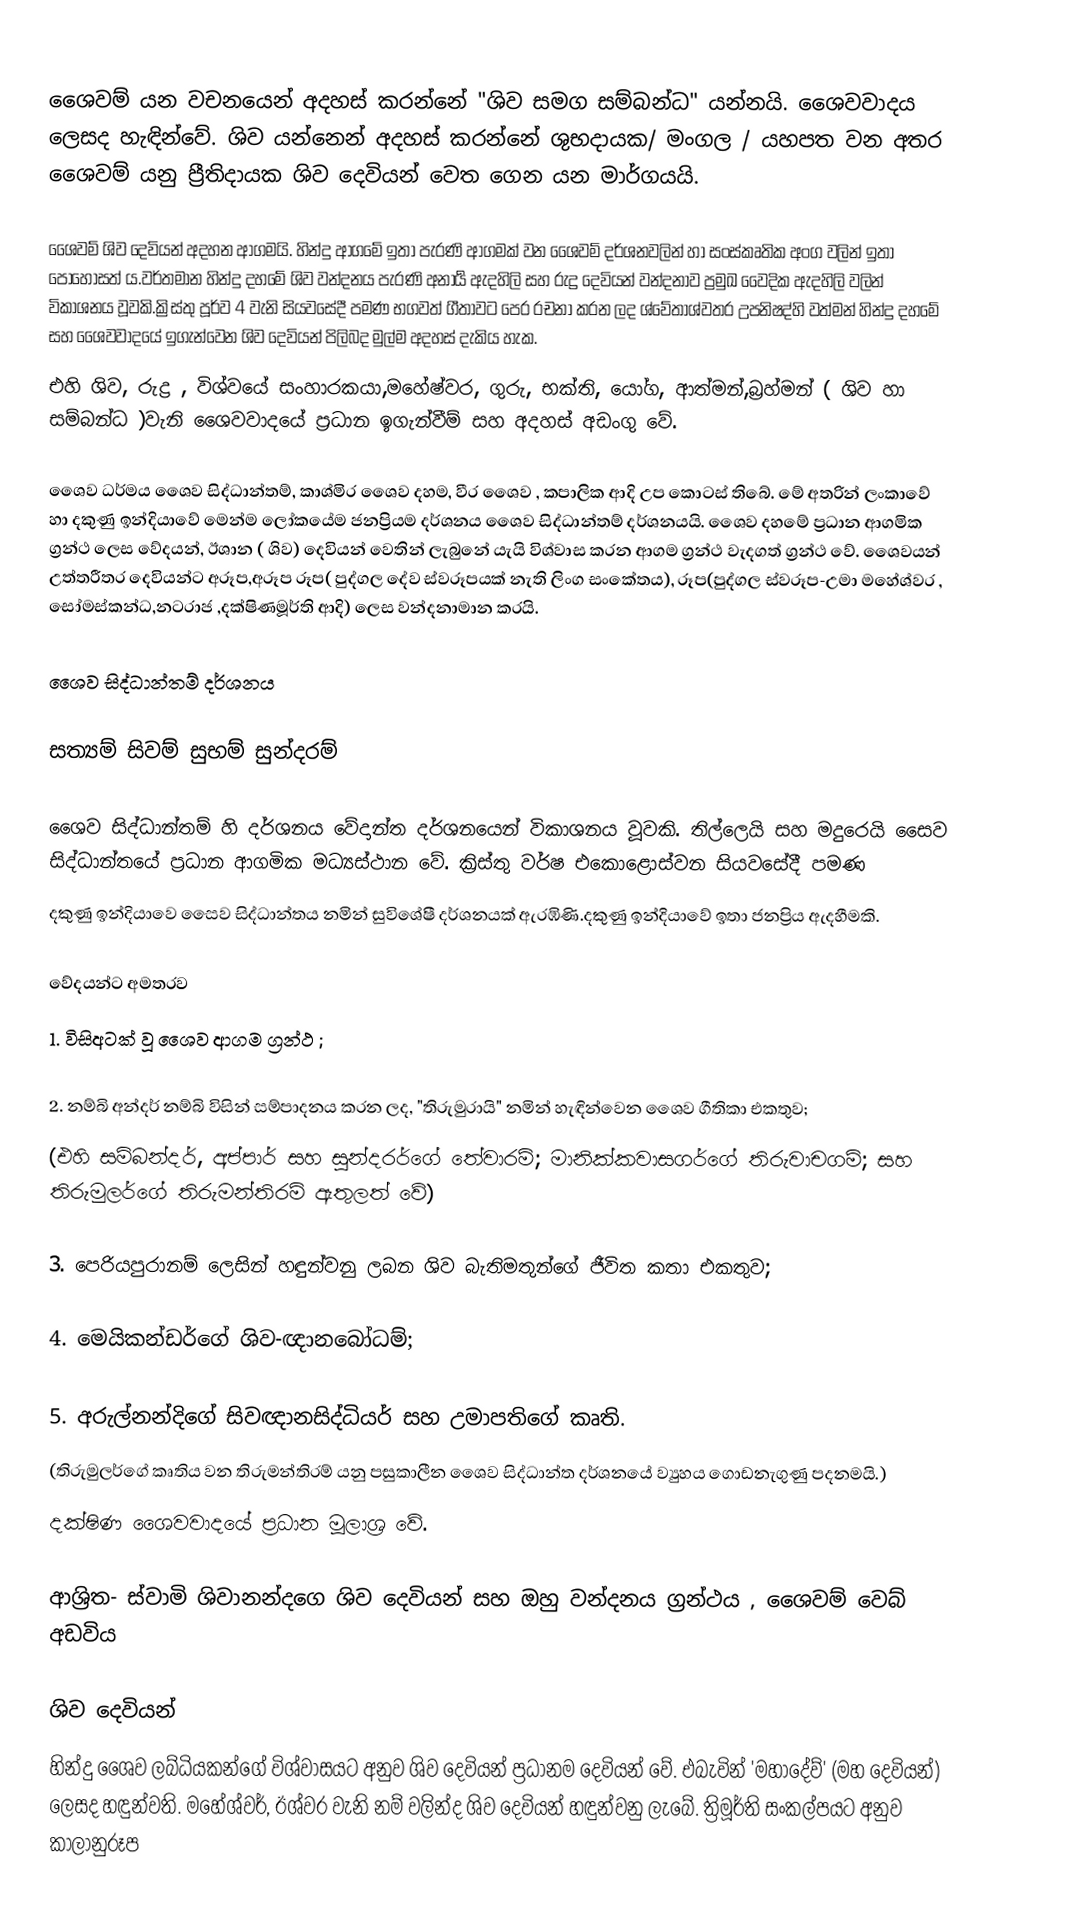
ශෛවම් යන වචනයෙන් අදහස් කරන්නේ "ශිව සමග සම්බන්ධ" යන්නයි.  ශෛවවාදය ලෙසද හැඳින්වේ.  ශිව යන්නෙන් අදහස් කරන්නේ ශුභදායක/ මංගල / යහපත වන අතර ශෛවම් යනු ප්‍රීතිදායක ශිව දෙවියන් වෙත ගෙන යන මාර්ගයයි.

 ශෛවම් ශිව දෙවියන් අදහන ආගමයි.  හින්දු ආගමේ ඉතා පැරණි ආගමක් වන ශෛවම් දර්ශනවලින් හා සංස්කෘතික අංග වලින් ඉතා පොහොසත් ය.වර්තමාන හින්දු දහමේ ශිව වන්දනය  පැරණි අනාර්‍ය ඇදහිලි සහ රුද්‍ර දෙවියන් වන්දනාව ප්‍රමුඛ වෛදික ඇදහිලි වලින් විකාශනය වූවකි.ක්‍රිස්තු පූර්ව 4 වැනි සියවසේදී පමණ භගවත් ගීතාවට පෙර රචනා කරන ලද ශ්වේතාශ්වතර උපනිෂද්හි වත්මන් හින්දු දහමේ සහ ශෛවවාදයේ ඉගැන්වෙන ශිව දෙවියන් පිලිබද  මුල්ම අදහස් දැකිය හැක.
එහි ශිව, රුද්‍ර , විශ්වයේ සංහාරකයා,මහේෂ්වර, ගුරු, භක්ති, යෝග, ආත්මන්,බ්‍රහ්මන් ( ශිව හා සම්බන්ධ )වැනි ශෛවවාදයේ ප්‍රධාන ඉගැන්වීම්  සහ අදහස් අඩංගු වේ.

 ශෛව ධර්මය ශෛව සිද්ධාන්තම්, කාශ්මිර ශෛව දහම, වීර ශෛව , කපාලික ආදි උප කොටස් තිබේ.  මේ අතරින් ලංකාවේ හා දකුණු ඉන්දියාවේ මෙන්ම ලෝකයේම ජනප්‍රියම දර්ශනය ශෛව සිද්ධාන්තම් දර්ශනයයි. ශෛව දහමේ ප්‍රධාන ආගමික ග්‍රන්ථ ලෙස වේදයන්,  ඊශාන ( ශිව) දෙවියන් වෙතින් ලැබුනේ යැයි විශ්වාස කරන ආගම ග්‍රන්ථ වැදගත් ග්‍රන්ථ වේ.  ශෛවයන් උත්තරීතර දෙවියන්ට අරූප,අරූප රූප( පුද්ගල දේව ස්වරූපයක් නැති ලිංග සංකේතය), රූප(පුද්ගල ස්වරූප-උමා මහේශ්වර , සෝමස්කන්ධ,නටරාජ ,දක්ෂිණමූර්ති ආදි) ලෙස වන්දනාමාන කරයි.

ශෛව සිද්ධාන්තම් දර්ශනය

 සත්‍යම් සිවම් සුභම් සුන්දරම්

 ශෛව සිද්ධාන්තම් හි දර්ශනය  වේදාන්ත දර්ශනයෙන් විකාශනය වූවකි.  තිල්ලෙයි  සහ මදුරෙයි සෛව සිද්ධාන්තයේ ප්‍රධාන ආගමික මධ්‍යස්ථාන වේ.  ක්‍රිස්තු වර්ෂ එකොළොස්වන සියවසේදී පමණ
දකුණු ඉන්දියාවෙ  සෛව සිද්ධාන්තය නමින් සුවිශේෂී දර්ශනයක් ඇරඹිණි.දකුණු ඉන්දියාවේ ඉතා ජනප්‍රිය ඇදහීමකි.

වේදයන්ට අමතරව
 1. විසිඅටක් වූ ශෛව ආගම ග්‍රන්ථ ;

 2. නම්බි අන්දර් නම්බි විසින් සම්පාදනය කරන ලද, "තිරුමුරායි" නමින් හැඳින්වෙන ශෛව ගීතිකා එකතුව;
 (එහි සම්බන්දර්, අප්පාර් සහ සුන්දරර්ගේ තේවාරම්; මානික්කවාසගර්ගේ තිරුවාචගම්; සහ තිරුමුලර්ගේ තිරුමන්තිරම් ඇතුලත් වේ)

 3. පෙරියපුරානම් ලෙසින් හඳුන්වනු ලබන ශිව බැතිමතුන්ගේ ජීවිත කතා එකතුව;

 4. මෙයිකන්ඩර්ගේ ශිව-ඥානබෝධම්;

 5. අරුල්නන්දිගේ සිවඥානසිද්ධියර් සහ උමාපතිගේ කෘති.
 (තිරුමුලර්ගේ කෘතිය වන තිරුමන්තිරම් යනු පසුකාලීන ශෛව සිද්ධාන්ත දර්ශනයේ ව්‍යුහය ගොඩනැගුණු පදනමයි.)
 දක්ෂිණ ශෛවවාදයේ ප්‍රධාන මූලාශ්‍ර වේ.

ආශ්‍රිත- ස්වාමි ශිවානන්දගෙ ශිව දෙවියන් සහ ඔහු වන්දනය ග්‍රන්ථය , ශෛවම් වෙබ් අඩවිය

ශිව දෙවියන්
හින්දු  ශෛව ලබ්ධියකන්ගේ  විශ්වාසයට අනුව ශිව දෙවියන් ප්‍රධානම දෙවියන් වේ. එබැවින් 'මහාදේව්' (මහ දෙවියන්) ලෙසද හඳුන්වති. මහේශ්වර්, ඊශ්වර වැනි නම් වලින්ද ශිව දෙවියන් හඳුන්වනු ලැබේ. ත්‍රිමූර්ති සංකල්පයට අනුව කාලානුරූප